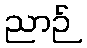
ညာဉ်